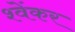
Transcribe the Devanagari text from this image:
श्वेंकर